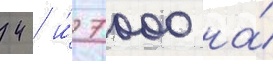
42 и́ 7000 на́